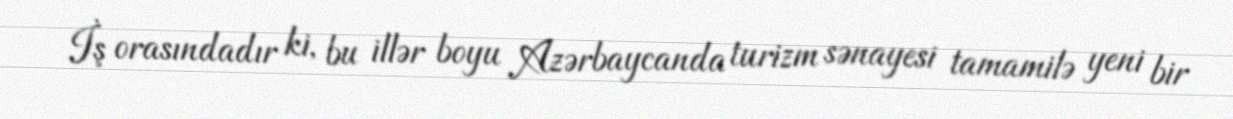
İş orasındadır ki, bu illər boyu Azərbaycanda turizm sənayesi tamamilə yeni bir